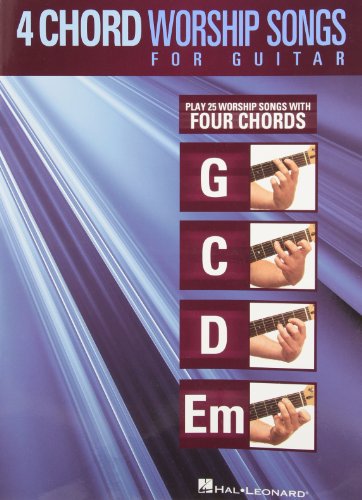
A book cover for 4-Chord Worship Songs For Guitar (G-C-D-Em); Hal Leonard Corp.; Christian Books & Bibles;